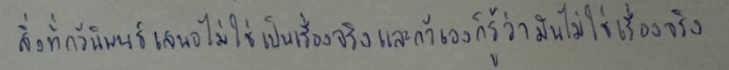
สิ่งที่กวีนิพนธ์เสนอไม่ใช่เป็นเรื่องจริงและกวีเองก็รู้ว่ามันไม่ใช่เรื่องจริง